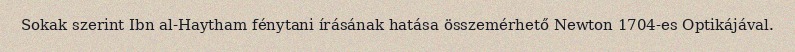
Sokak szerint Ibn al-Haytham fénytani írásának hatása összemérhető Newton 1704-es Optikájával.